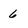
Character: 6